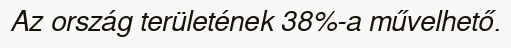
Az ország területének 38%-a művelhető.